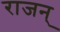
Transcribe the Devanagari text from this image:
राजन्‌